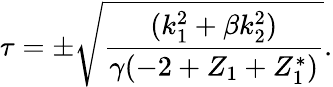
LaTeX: \tau=\pm\sqrt{\frac{(k_{1}^{2}+\beta k_{2}^{2})}{\gamma(-2+Z_{1}+Z_{1}^{*})}}.